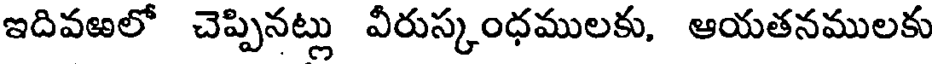
ఇదివఱలో చెప్పినట్లు వీరుస్కంధములకు, ఆయతనములకు